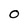
Character: 0